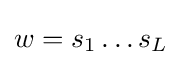
w=s_{1}\ldots s_{L}